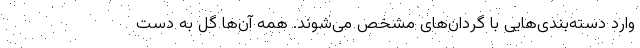
وارد دسته‌بندی‌هایی با گردان‌های مشخص می‌شوند. همه آن‌ها گل به دست